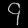
Digit: ၄